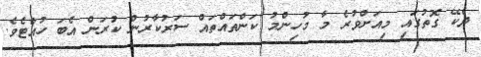
ދެކޭ ގޮތުގައި މިއަށްވުރެ މާ މުހިންމު ކަންތައްތައް ސަރުކާރުން ކުރަން އެބަ ހުއްޓެވެ.